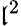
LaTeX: \mathfrak{l}^{2}